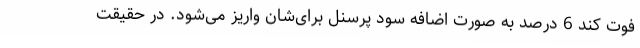
فوت کند 6 درصد به صورت اضافه سود پرسنل برای‌شان واریز می‌شود. در حقیقت